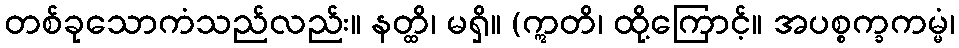
တစ်ခုသောကံသည်လည်း။ နတ္ထိ၊ မရှိ။ (ဣတိ၊ ထို့ကြောင့်။ အပစ္စက္ခကမ္မံ၊